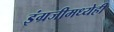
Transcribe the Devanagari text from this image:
इंग्रजीमध्येही